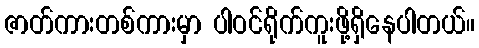
ဇာတ်ကားတစ်ကားမှာ ပါဝင်ရိုက်ကူးဖို့ရှိနေပါတယ်။